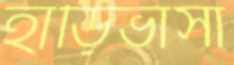
হাড়িভাসা